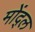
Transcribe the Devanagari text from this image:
मोंद्ल